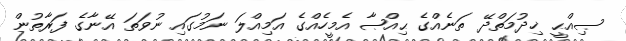
ޞިއްޙީ ޚިދުމަތްދޭ ތަނެއްގެ ޙިއްޞާ އެމީހެއްގެ އަމިއްލަ ނަމުގައި ނުވަތަ އޭނާގެ ފަރާތުން